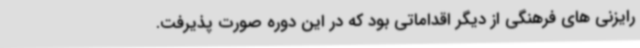
رایزنی های فرهنگی از دیگر اقداماتی بود که در این دوره صورت پذیرفت.